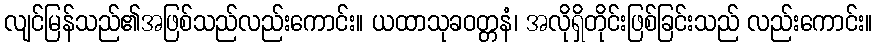
လျင်မြန်သည်၏အဖြစ်သည်လည်းကောင်း။ ယထာသုခဝတ္တနံ၊ အလိုရှိတိုင်းဖြစ်ခြင်းသည် လည်းကောင်း။